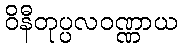
ဝိနီတုပ္ပလဝဏ္ဏာယ